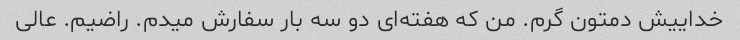
خداییش دمتون گرم. من که هفته‌ای دو سه بار سفارش میدم. راضیم. عالی